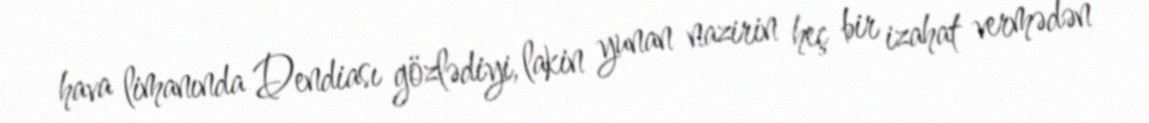
hava limanında Dendiası gözlədiyi, lakin yunan nazirin heç bir izahat vermədən